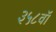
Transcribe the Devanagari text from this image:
३५८वॉ